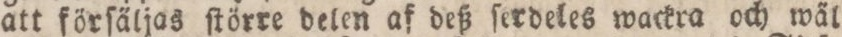
att förſäljas ſtörre delen af deß ſerdeles wackra och wäl